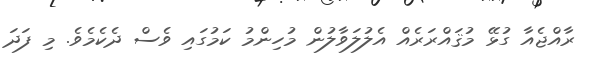
ރާއްޖެއާ ގުޅޭ މުޤައްރަރެއް އެލުލަވާލުން މުހިންމު ކަމުގައި ވެސް ދެކެމެވެ. މި ފަދަ